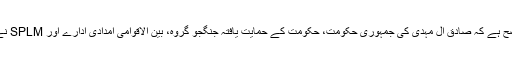
1980ء کے جنوبی سوڈان کے قحط سے بالکل واضح ہے کہ صادق ال مہدی کی جمہوری حکومت، حکومت کے حمایت یافتہ جنگجو گروہ، بین الاقوامی امدادی ادارے اور SPLM نے دنکالینڈ میں قحط پیدا کرنے میں بھرپور حصہ لیا۔